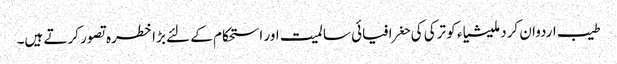
طیب اردوان کردملیشیاء کو ترکی کی حغرافیائی سالمیت اور استحکام کے لئے بڑا خطرہ تصور کرتے ہیں۔